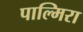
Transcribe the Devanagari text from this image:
पाल्मिरा